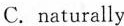
C.naturally